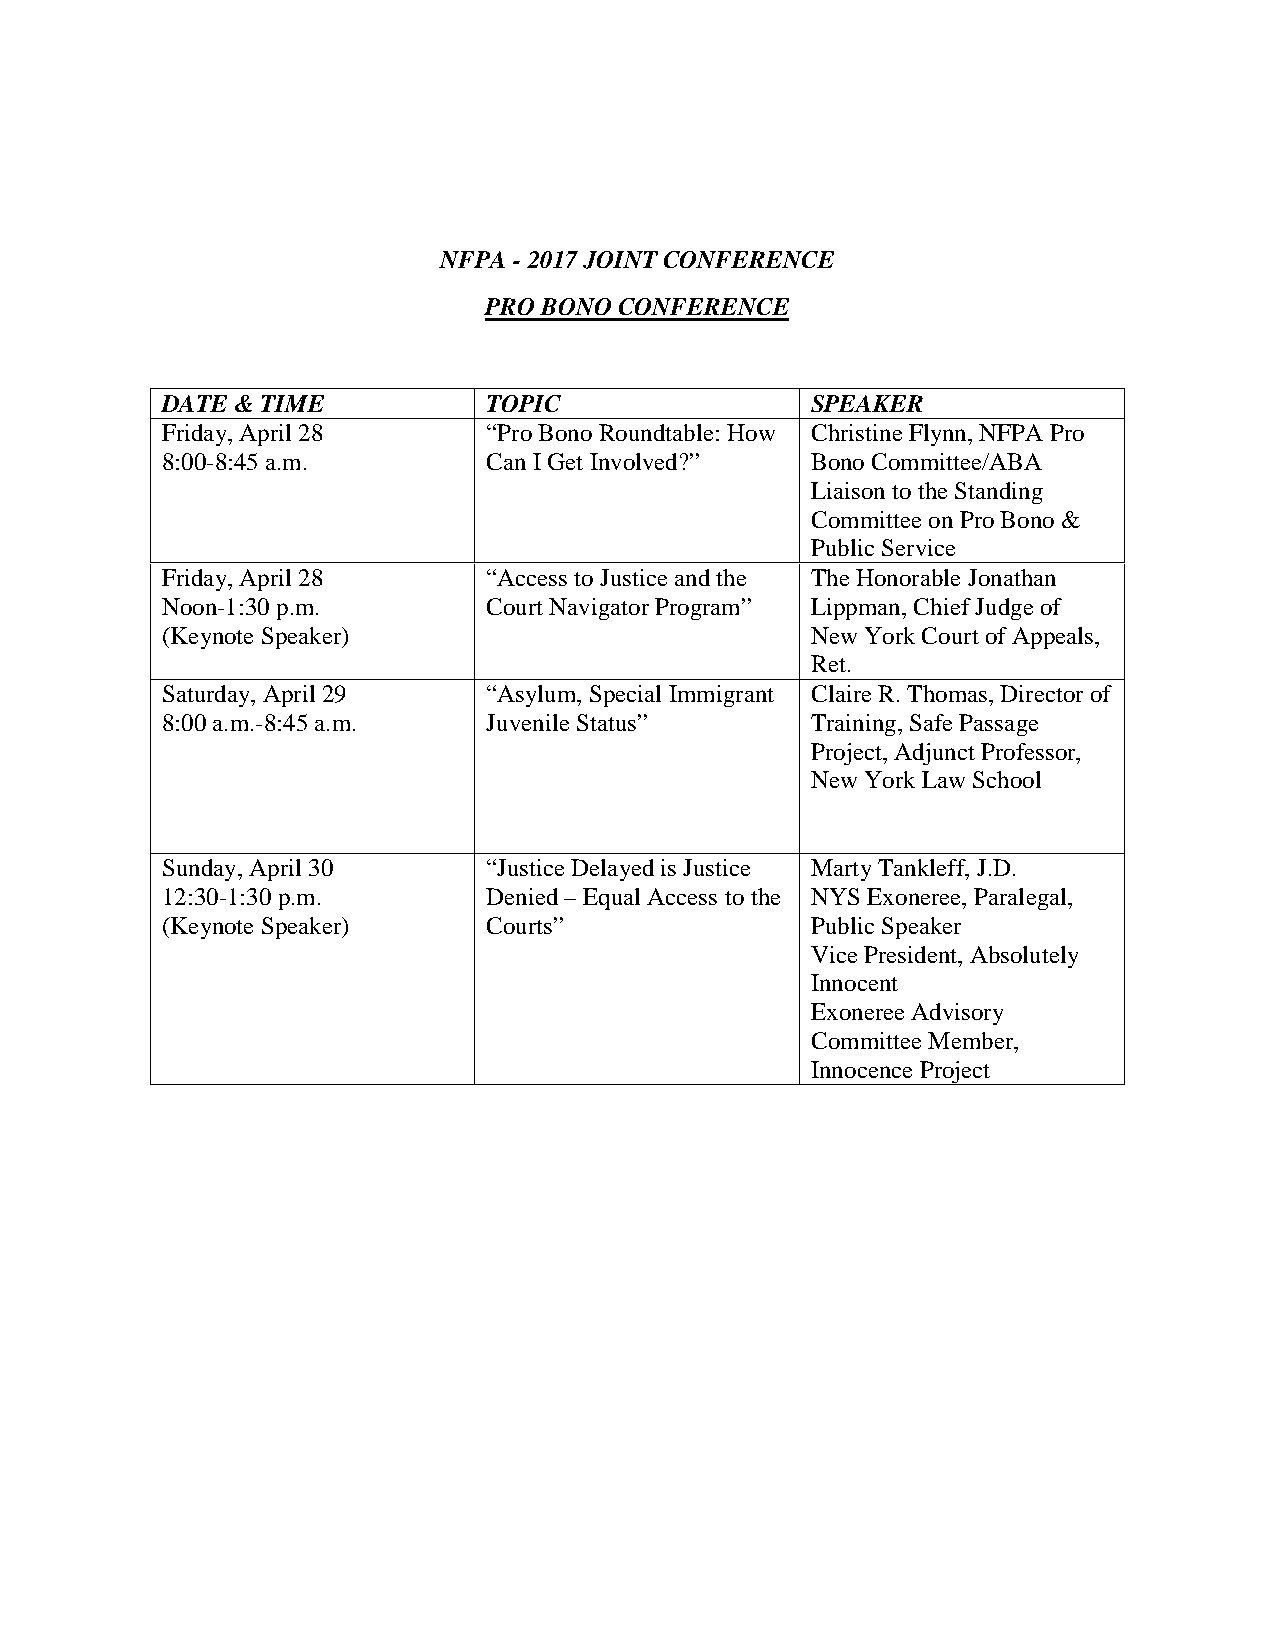
NFPA -2017 JOINT CONFERENCE
 PRO BONO CONFERENCE
 DATE & TIME          TOPIC                 SPEAKER
 Friday, April 28     “Pro Bono Roundtable: How Christine Flynn, NFPA Pro
 8:00-8:45 a.m.       Can I Get Involved?”  Bono Committee/ABA
 Liaison to the Standing
 Committee on Pro Bono &
 PublicService
 Friday, April 28     “Access to Justice and the The Honorable Jonathan
 Noon-1:30 p.m.       Court Navigator Program” Lippman, Chief Judge of
 (Keynote Speaker)                          New York Court of Appeals,
 Ret.
 Saturday, April 29   “Asylum, Special Immigrant ClaireR. Thomas, Director of
 8:00 a.m.-8:45 a.m.  Juvenile Status”      Training, Safe Passage
 Project, Adjunct Professor,
 New York Law School
 Sunday, April 30     “Justice Delayed is Justice Marty Tankleff, J.D.
 12:30-1:30 p.m.      Denied – Equal Access to the NYS Exoneree, Paralegal,
 (Keynote Speaker)    Courts”               Public Speaker
 Vice President, Absolutely
 Innocent
 Exoneree Advisory
 Committee Member,
 Innocence Project